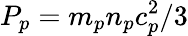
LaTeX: P_{p}=m_{p}n_{p}c_{p}^{2}/3